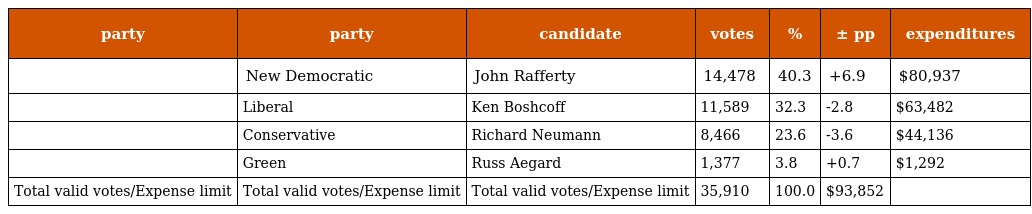
| party | party | candidate | votes | % | ± pp | expenditures |
 | --- | --- | --- | --- | --- | --- | --- |
 |  | New Democratic | John Rafferty | 14,478 | 40.3 | +6.9 | $80,937 |
 |  | Liberal | Ken Boshcoff | 11,589 | 32.3 | -2.8 | $63,482 |
 |  | Conservative | Richard Neumann | 8,466 | 23.6 | -3.6 | $44,136 |
 |  | Green | Russ Aegard | 1,377 | 3.8 | +0.7 | $1,292 |
 | Total valid votes/Expense limit | Total valid votes/Expense limit | Total valid votes/Expense limit | 35,910 | 100.0 | $93,852 |  |